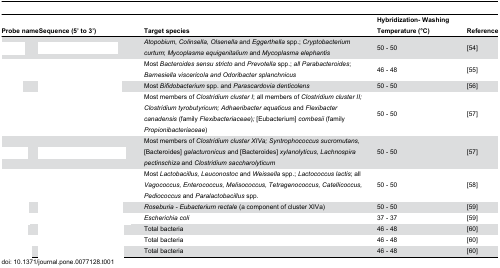
<table><thead><tr><td><b>Probe name</b></td><td><b>Sequence (5’ to 3’)</b></td><td><b>Target species</b></td><td><b>Hybridization- Washing Temperature (°C)</b></td><td><b>Reference</b></td></tr></thead><tbody><tr><td>[EMPTY_CELL]</td><td>[EMPTY_CELL]</td><td><i>Atopobium</i>, <i>Colinsella</i>, <i>Olsenella</i> and <i>Eggerthella</i> spp.; <i>Cryptobacterium curtum</i>; <i>Mycoplasma equigenitalium</i> and <i>Mycoplasma elephantis</i></td><td>50 - 50</td><td>[54]</td></tr><tr><td>[EMPTY_CELL]</td><td>[EMPTY_CELL]</td><td>Most <i>Bacteroides sensu stricto</i> and <i>Prevotella</i> spp.; <i>all Parabacteroides</i>; <i>Barnesiella viscericola and Odoribacter splanchnicus</i></td><td>46 - 48</td><td>[55]</td></tr><tr><td>[EMPTY_CELL]</td><td>[EMPTY_CELL]</td><td>Most <i>Bifidobacterium</i> spp. and <i>Parascardovia denticolens</i></td><td>50 - 50</td><td>[56]</td></tr><tr><td>[EMPTY_CELL]</td><td>[EMPTY_CELL]</td><td>Most members of <i>Clostridium cluster I</i>; all members of <i>Clostridium cluster II; Clostridium tyrobutyricum; Adhaeribacter aquaticus</i> and <i>Flexibacter canadensis</i> (family <i>Flexibacteriaceae</i>)<i>;</i> [Eubacterium] <i>combesii</i> (family <i>Propionibacteriaceae</i>)</td><td>50 - 50</td><td>[57]</td></tr><tr><td>[EMPTY_CELL]</td><td>[EMPTY_CELL]</td><td>Most members of <i>Clostridium cluster XIVa; Syntrophococcus sucromutans</i>, [Bacteroides] <i>galacturonicus</i> and [Bacteroides] <i>xylanolyticus, Lachnospira pectinschiza</i> and <i>Clostridium saccharolyticum</i></td><td>50 - 50</td><td>[57]</td></tr><tr><td>[EMPTY_CELL]</td><td>[EMPTY_CELL]</td><td>Most <i>Lactobacillus, Leuconostoc</i> and <i>Weissella</i> spp.; <i>Lactococcus lactis</i>; all <i>Vagococcus, Enterococcus, Melisococcus, Tetragenococcus, Catellicoccus, Pediococcus</i> and <i>Paralactobacillus</i> spp<i>.</i></td><td>50 - 50</td><td>[58]</td></tr><tr><td>[EMPTY_CELL]</td><td>[EMPTY_CELL]</td><td><i>Roseburia - Eubacterium rectale</i> (a component of cluster XIVa)</td><td>50 - 50</td><td>[59]</td></tr><tr><td>[EMPTY_CELL]</td><td>[EMPTY_CELL]</td><td><i>Escherichia coli</i></td><td>37 - 37</td><td>[59]</td></tr><tr><td>[EMPTY_CELL]</td><td>[EMPTY_CELL]</td><td>Total bacteria</td><td>46 - 48</td><td>[60]</td></tr><tr><td>[EMPTY_CELL]</td><td>[EMPTY_CELL]</td><td>Total bacteria</td><td>46 - 48</td><td>[60]</td></tr><tr><td>[EMPTY_CELL]</td><td>[EMPTY_CELL]</td><td>Total bacteria</td><td>46 - 48</td><td>[60]</td></tr></tbody></table>